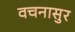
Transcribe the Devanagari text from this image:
वचनासुर